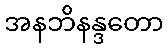
အနဘိနန္ဒတော